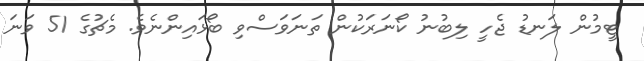
ޓީމުން ލަނޑު ޖެހީ ލިބުނު ކޯނަރަކުން ތަނަވަސްވި ބޯޅައިންނެވެ. މެޗުގެ 51 ވަނަ